Report of the veterinary officer investigating camel disease
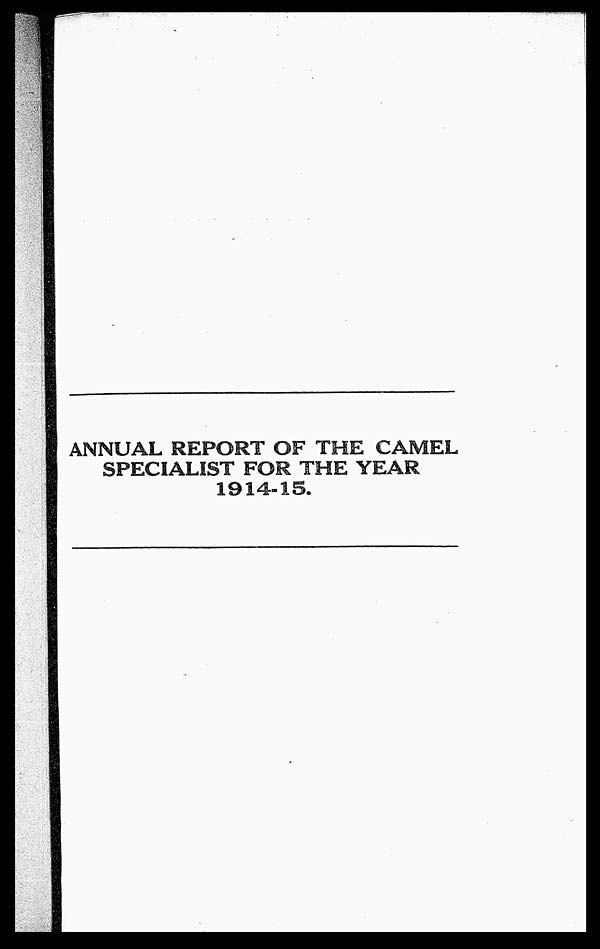
ANNUAL REPORT OF THE CAMEL
SPECIALIST FOR THE YEAR
1914-15.